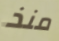
منذ